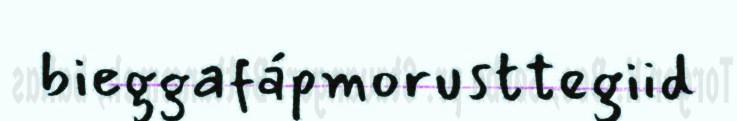
bieggafápmorusttegiid